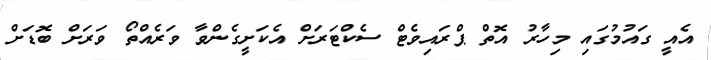
އެއީ ގައުމުގައި މިހާރު އޮތް ޕްރައިވެޓް ސެކްޓަރަށް އެކަށީގެންވާ ވަރެއްތޯ ވަރަށް ބޮޑަށް